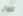
للمال